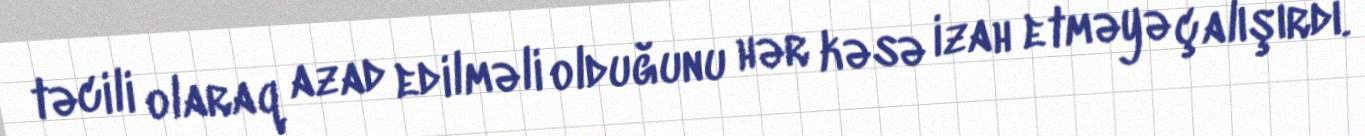
təcili olaraq azad edilməli olduğunu hər kəsə izah etməyə çalışırdı.